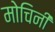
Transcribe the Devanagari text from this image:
मोचिनी